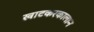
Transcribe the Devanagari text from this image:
खाटकरकालान